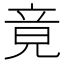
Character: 竟